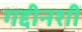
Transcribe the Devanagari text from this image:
गद्दीनशीं